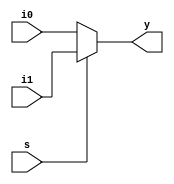
`timescale 1ns / 1ps
//////////////////////////////////////////////////////////////////////////////////
// Company: 
// Engineer: 
// 
// Design Name: 
// Module Name:    mux2x1 
// Project Name: 
// Target Devices: 
// Tool versions: 
// Description: 
//
// Dependencies: 
//
// Revision: 
// Revision 0.01 - File Created
// Additional Comments: 
//
//////////////////////////////////////////////////////////////////////////////////
module mux2x1(i0,i1,s,y);
input i0,i1;
input s;
output y;
//assign y= (~s&i[0])|(s&i[1]);
assign y= s?i1:i0;


endmodule